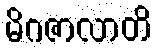
မိဂဇာလာတိ